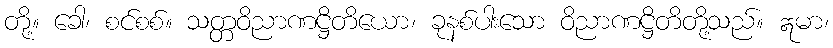
တို့။ ခေါ၊ စင်စစ်။ သတ္တဝိညာဏဋ္ဌိတိယော၊ ခုနစ်ပါးသော ဝိညာဏဋ္ဌိတိတို့သည်။ ဣမာ၊